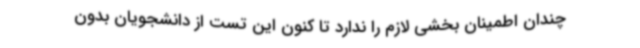
چندان اطمینان بخشی لازم را ندارد تا کنون این تست از دانشجویان بدون